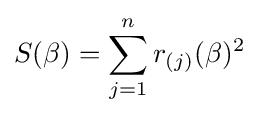
S(\beta )=\sum _{j=1}^{n}r_{(j)}(\beta )^{2}